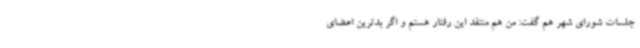
جلسات شورای شهر هم گفت: من هم منتقد این رفتار هستم و اگر بدترین اعضای